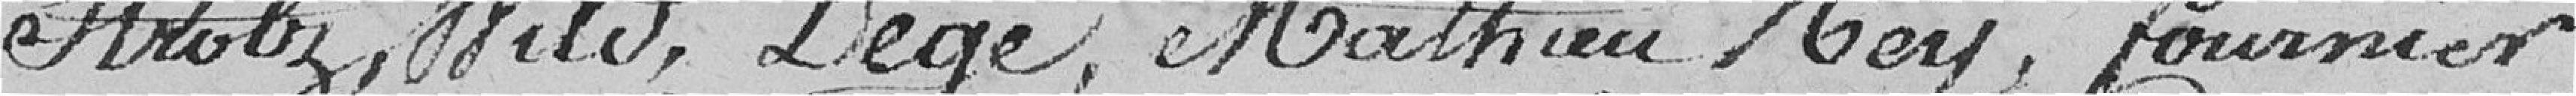
Strolz, Wild, Degé, Martieu Rey, Fournier